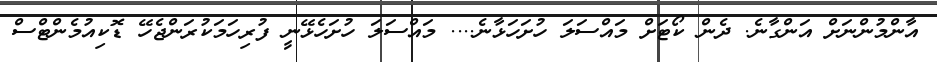
އާންމުންނަށް އަންގާނެ. ދެން ކޯޓަށް މައްސަލަ ހުށަހަޅާނެ.... މައްސަލަ ހުށަހެޅޭނީ ފުރިހަމަކުރަންޖެހޭ ޑޮކިއުމެންޓްސް